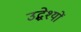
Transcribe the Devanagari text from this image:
उद्धेश्यों